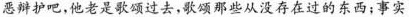
恶辩护吧，他老是歌颂过去，歌颂那些从没存在过的东西；事实